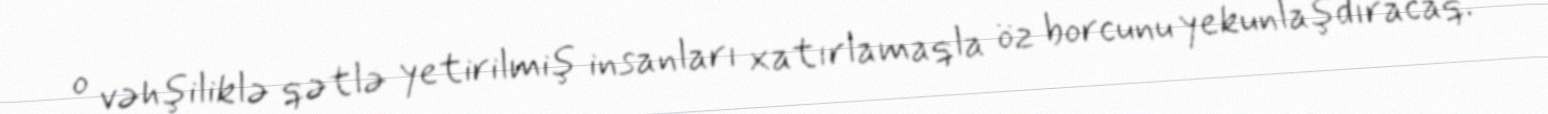
o vəhşiliklə qətlə yetirilmiş insanları xatırlamaqla öz borcunu yekunlaşdıracaq.